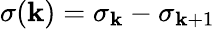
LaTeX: \sigma(\mathbf{k})=\sigma_{\mathbf{k}}-\sigma_{\mathbf{k}+1}